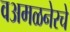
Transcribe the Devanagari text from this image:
वअमळनेरचे